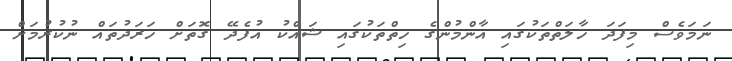
ނަމަވެސް މިފަދަ ހާލަތްތަކުގައި އާންމުންގެ ހިތްތަކުގައި ޝައްކު އުފެދޭ ގޮތަށް ހަރަދުތައް ނުކުރުމަށް